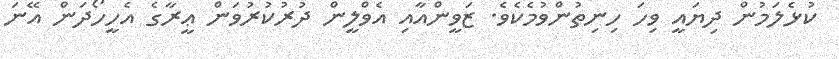
ކުޅެލަމުން ދިޔައީ ވިހަ ހިނިތުންވުމެކެވެ. ޒަވީންއާއި އެވްލީން ދުރުކުރުވަން ޢީރާގެ އެހީހޯދަން އޭނަ